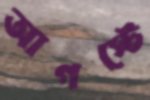
আগস্টে